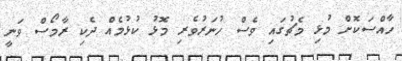
ހާއްސަކޮށް މުޅި މެޗުގައި ވެސް ހުނަރުވެރި މޮޅު ކުޅުމެއް ދެކި ރާމޯސް ވަނީ